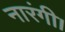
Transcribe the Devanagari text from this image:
नारंगी।